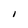
Character: I